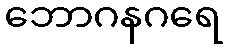
ဘောဂနဂရေ